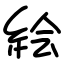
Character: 絵